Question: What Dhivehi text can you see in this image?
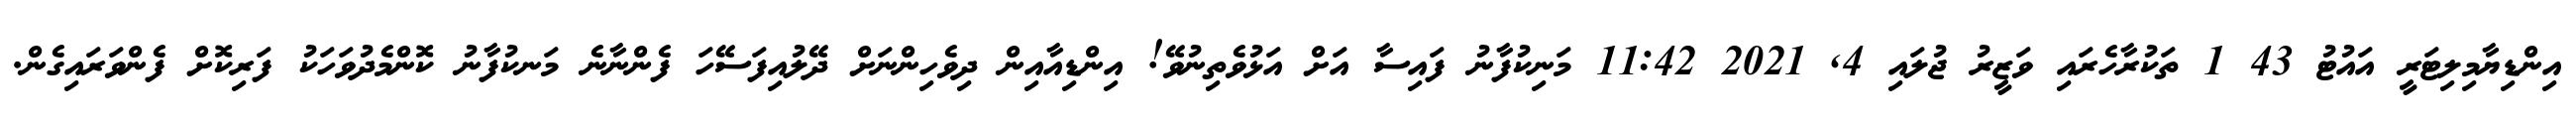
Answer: އިންޑިޔާމިލިޓަރީ އައުޓު 43 1 ތަކުރާހެރައި ވަޒީރު ޖުލައި 4, 2021 11:42 މަނިކުފާނު ފައިސާ އަށް އަޅުވެތިނުވޭ! އިންޑިއާއިން ދިވެހިންނަށް ދޭލުއިފަސޭހަ ފެންނާނެ މަނކުފާނު ކޮންމެދުވަހަކު ފަރިކޮށް ފެންވަރައިގެން.